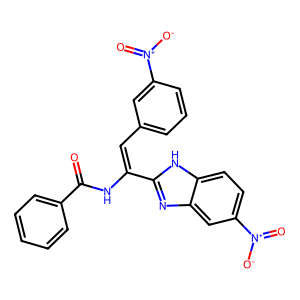
SMILES: O=C(NC(=Cc1cccc([N+](=O)[O-])c1)c1nc2cc([N+](=O)[O-])ccc2[nH]1)c1ccccc1
Inhibits HIV replication: No